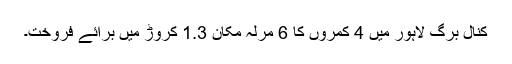
کنال برگ لاہور میں 4 کمروں کا 6 مرلہ مکان 1.3 کروڑ میں برائے فروخت۔